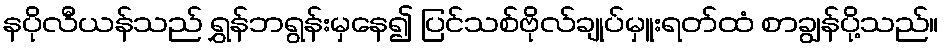
နပိုလီယန်သည် ရွှန်ဘရွန်းမှနေ၍ ပြင်သစ်ဗိုလ်ချုပ်မှူးရတ်ထံ စာချွန်ပို့သည်။